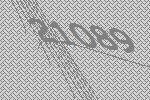
21089